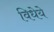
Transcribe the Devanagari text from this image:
विधेये